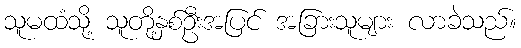
သူမထံသို့ သူတို့နှစ်ဦးအပြင် အခြားသူများ လာခဲသည်။